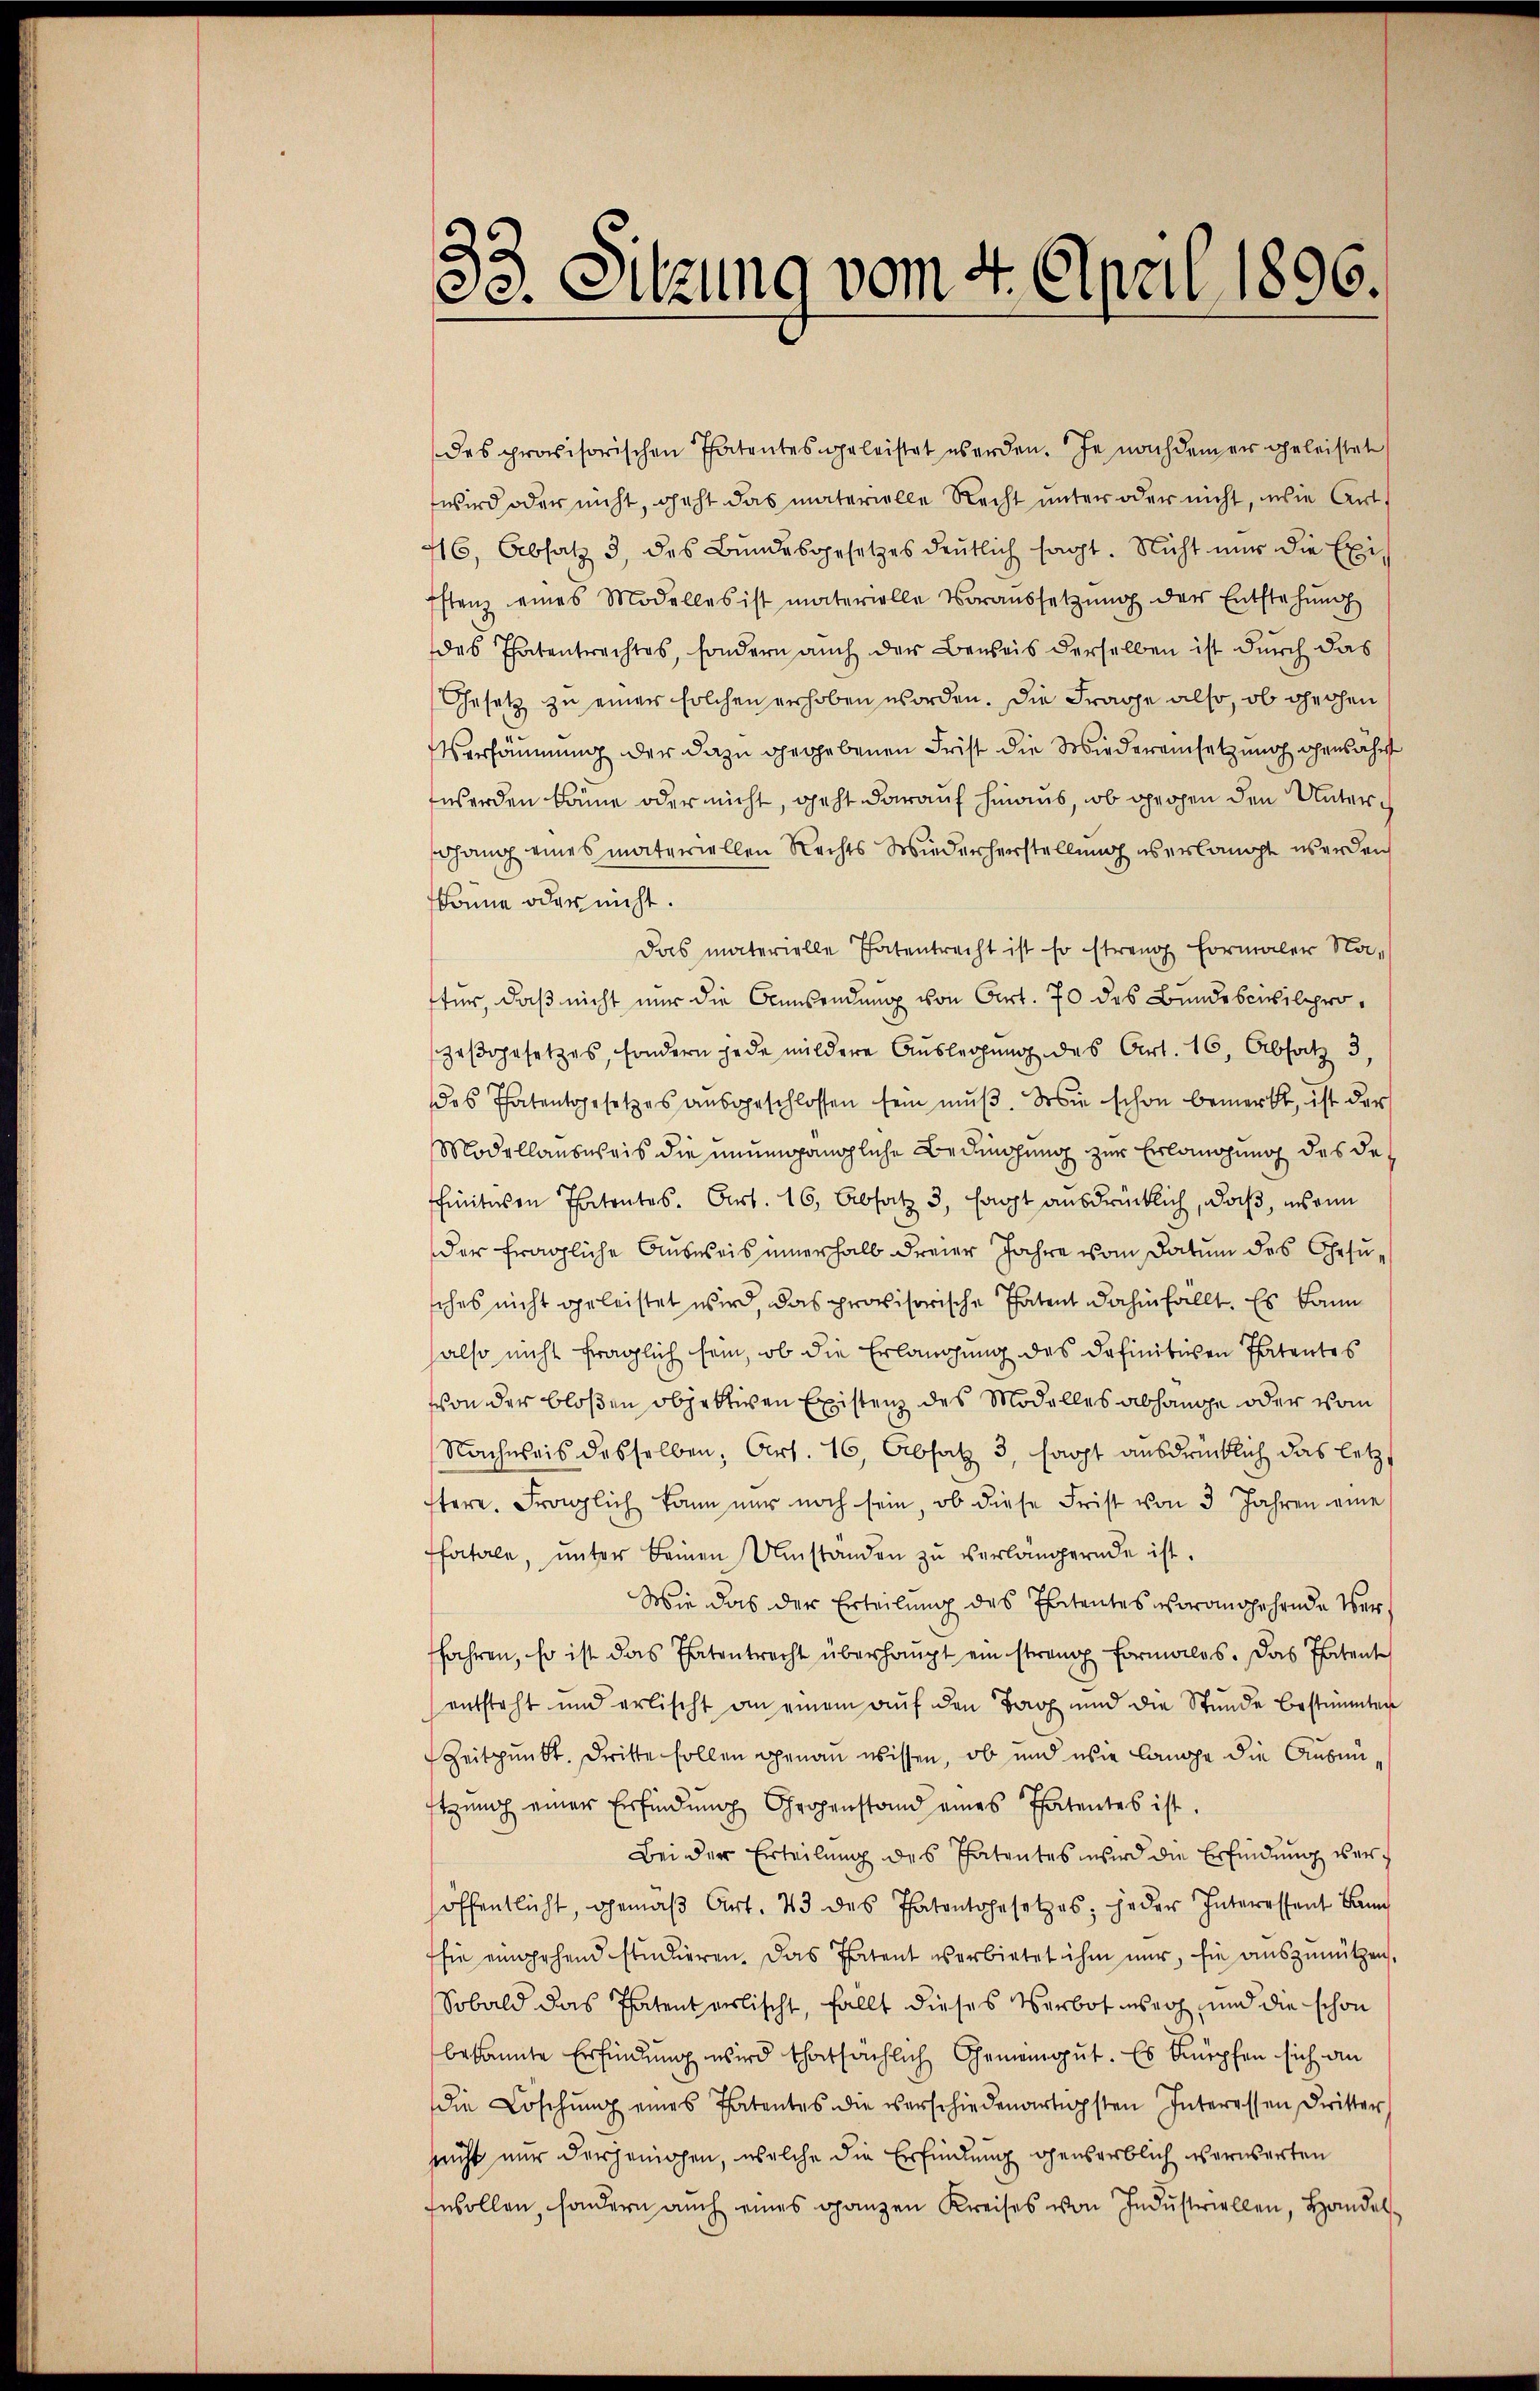
33. Sitzung vom 4. April 1896.

des provisorischen Patentes geleistet werden. Je nachdem er geleistet
wird oder nicht, geht das materielle Recht unter oder nicht, wie Art.
46, Absatz 3 des Bundesgesetzes deutlich sagt. Nicht nur die Exi
stenz eines Modelles ist materielle Voraussetzŭng der Entstehung
des Thatentrachtes, sondern auch der Beweis derselben ist durch das
Gesetz zu einer solchen erhoben worden. Die Frage also, ob gechen
Versäumung der dazu gegebenen Frist die Wiedereinsetzung genährt
werden könne oder nicht, geht darauf hinaus, ob gegen den Unterdhang eines materiellen Rechts Wiederherstellung es erlangt werden
könne oder nicht.
Das materielle Thatentracht ist so streng Formaler Na-
für, daß nicht nur die Ausendung von Art. 70 des Bundescivilprozaβogesetzes, sondern jede mildere Aŭslegung des Art. 16, Absatz 3,
das Thatentgesetzes aŭsgeschlossen sein mŭβ. Sowie schon bemerkt, ist der
Modellansweis die unumgängliche Bedingung zur Erlangung des de
finitiren Patentes. Art. 16, Absatz 3, hat ausdrücklich, daß, insonn
der fragliche Ausweis innerhalb dreier Jahre vom Datum des Gesusches nicht geleistet wird, das provisorische Thatent dahinfällt. Es kann
halso nicht fraglich sein, ob die Erlangung des definitiven Patentes
von der bloßen objektiven Existenz des Modelles abhänge oder vom
Nachweis desselben, Art. 16, Absatz 3, haupt ausdrücklich das letzt
stere. Fraglich kann nur noch sein, ob diese Frist von 3 Jahren eine
fatale, ŭnter Beinen Umstanden zŭ verlängernde ist.
Wie das der Erteilung des Ehetentes vorausgehende Verffahren, so ist das Thatentrecht überhaupt ein streng formales. Das Patente
entsteht und erlischt an einem auf den Tag und die Stunde bestimmten
Zeitpunkt. Dritte sollen genau wissen, ob und wie lange die Ausnützung einer Erfindung Großenstand eines Thatentes ist.
Bei der Erteilung des Patentes wird die Erfindung veröffentlicht, gemäβ Art. 43 des Thatentgesetzes, jeder Interessant Ban
sie eingehend studieren. Das Thatent verbietet ihm nur, sie auszunützen,
Sobald das Thatentarlischt, fällt dieses Verbot unser und die schon
bekannte Erfindung wird thatsächlich Gemeingut. Es knüpfen sich an
die Löschŭng eines Patentes die verschiedenartigsten Interessen Dritter
nicht nur derjenigen, welche die Erfindung genserblich erwarten
fusollen, sondern auch eines ganzen Kreises von Industriellen, Handel